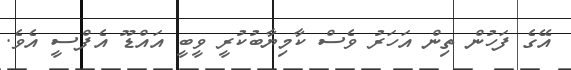
އޭގެ ފަހުން ތިން އަހަރު ވެސް ކާމިޔާބުކުރީ ވީބީ އައްޑޫ އެފްސީ އެވެ.